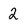
Character: 2